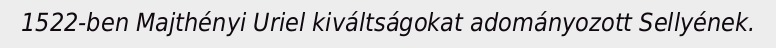
1522-ben Majthényi Uriel kiváltságokat adományozott Sellyének.